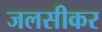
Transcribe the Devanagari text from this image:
जलसीकर